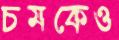
চমকেও